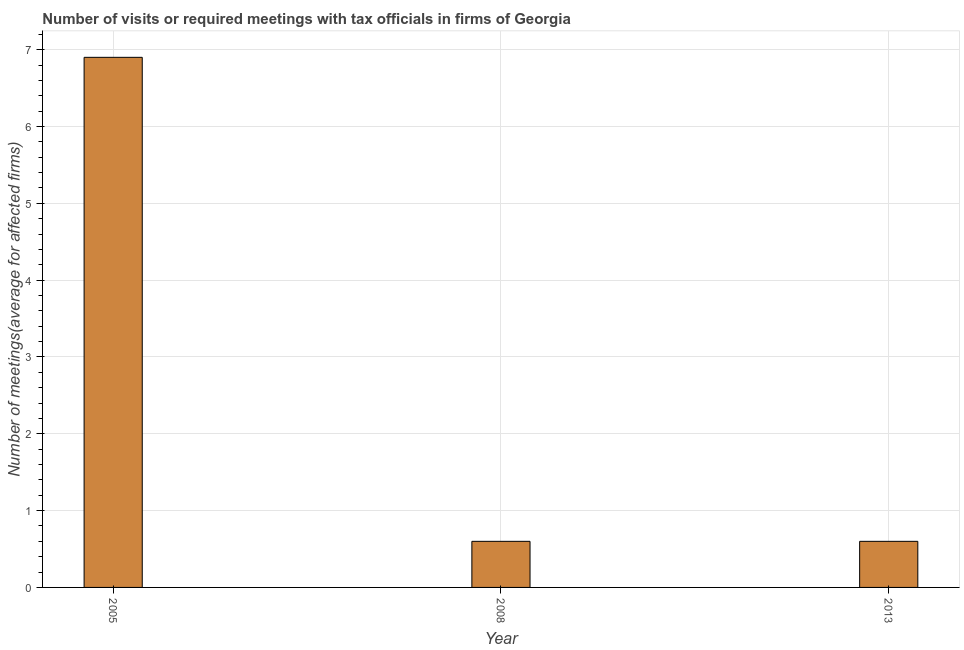
| Year | Meetings with tax officials |
 | --- | --- |
 | 2005 | 6.9 |
 | 2008 | 0.6 |
 | 2013 | 0.6 |